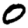
Digit: 0